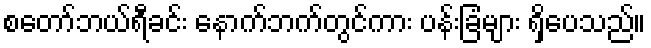
စတော်ဘယ်ရီခင်း နောက်ဘက်တွင်ကား ပန်းခြံများ ရှိပေသည်။